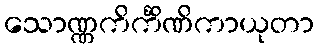
သောဏ္ဏကိင်္ကိဏိကာယုတာ